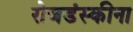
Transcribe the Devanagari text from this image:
रोजडंस्कीना